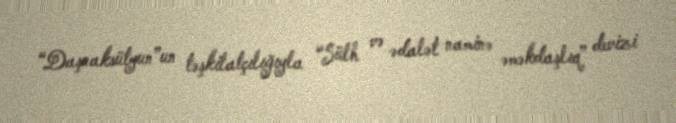
“Daşnaksütyun”un təşkilatçılığıyla “Sülh və ədalət naminə əməkdaşlıq” devizi